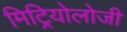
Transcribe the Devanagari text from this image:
मिट्रियोलोजी